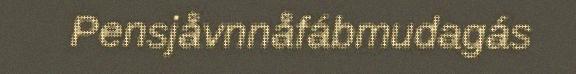
Pensjåvnnåfábmudagás